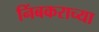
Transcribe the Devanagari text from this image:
निंबकराच्या